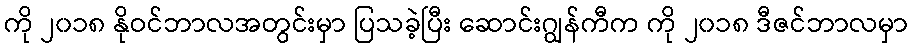
ကို ၂၀၁၈ နိုဝင်ဘာလအတွင်းမှာ ပြသခဲ့ပြီး ဆောင်းဂျွန်ကီက ကို ၂၀၁၈ ဒီဇင်ဘာလမှာ